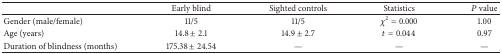
|  | Early blind | Sighted controls | Statistics | P value |
 | --- | --- | --- | --- | --- |
 | Gender (male/female) | 11/5 | 11/5 | χ2 = 0.000 | 1.00 |
 | Age (years) | 14.8 ± 2.1 | 14.9 ± 2.7 | t = 0.044 | 0.97 |
 | Duration of blindness (months) | 175.38 ± 24.54 | — | — | — |